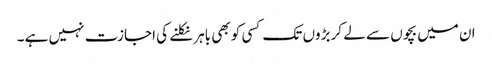
ان میں بچوں سے لے کر بڑوں تک کسی کو بھی باہر نکلنے کی اجازت نہیں ہے ۔